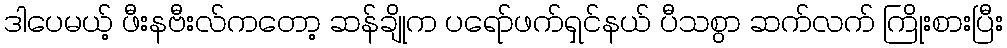
ဒါပေမယ့် ဖီးနဗီးလ်ကတော့ ဆန်ချိုက ပရော်ဖက်ရှင်နယ် ပီသစွာ ဆက်လက် ကြိုးစားပြီး